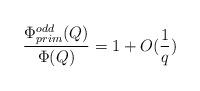
LaTeX: \begin{align*}\frac{\Phi_{prim}^{odd}(Q)}{\Phi(Q)}=1+O(\frac{1}{q})\end{align*}